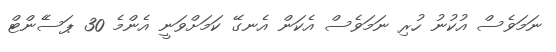
ނަމަވެސް އުކުނު ހުރި ނަމަވެސް އެކަން އެނގޭ ކަމަށްވަނީ އެންމެ 30 ޕަސެެންޓް